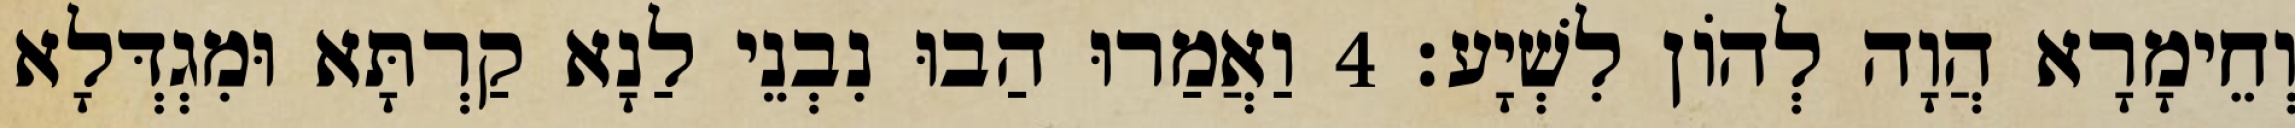
וְחֵימָרָא הֲוָה לְהוֹן לִשְׁיָע׃ 4 וַאֲמַרוּ הַבוּ נִבְנֵי לַנָא קַרְתָּא וּמִגְדְּלָא